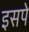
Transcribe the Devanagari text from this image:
इसपे